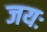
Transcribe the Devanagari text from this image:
जयः